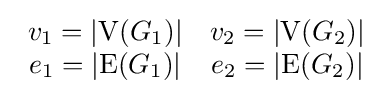
{\begin{array}{cc}v_{1}=\vert \mathrm {V} (G_{1})\vert &v_{2}=\vert \mathrm {V} (G_{2})\vert \\e_{1}=\vert \mathrm {E} (G_{1})\vert &e_{2}=\vert \mathrm {E} (G_{2})\vert \end{array}}